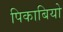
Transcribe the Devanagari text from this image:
पिकाबियो